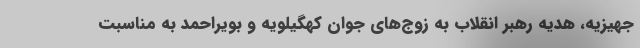
جهیزیه، هدیه رهبر انقلاب به زوج‌های جوان کهگیلویه و بویراحمد به مناسبت